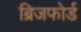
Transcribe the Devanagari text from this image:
ब्रिजफोर्ड